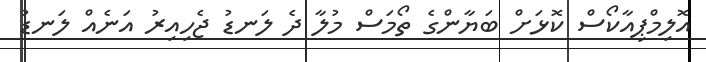
އޮލިމްޕިއާކޯސް ކޮޅަށް ބަޔާންގެ ތޯމަސް މުލާ ދެ ލަނޑު ޖެހިއިރު އަނެއް ލަނޑު